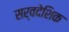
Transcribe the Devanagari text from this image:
सर्वदेशिक